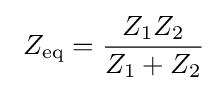
\ Z_{\text{eq}}={\frac {Z_{1}Z_{2}}{Z_{1}+Z_{2}}}